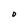
Character: O